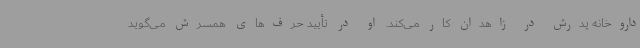
داروخانه پدرش در زاهدان کار می‌کند. او در تأیید حرف‌های همسرش می‌گوید